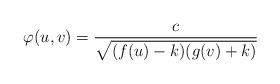
LaTeX: \begin{align*}\varphi (u,v)=\frac{c}{\sqrt{(f(u)-k)(g(v)+k)}}\end{align*}